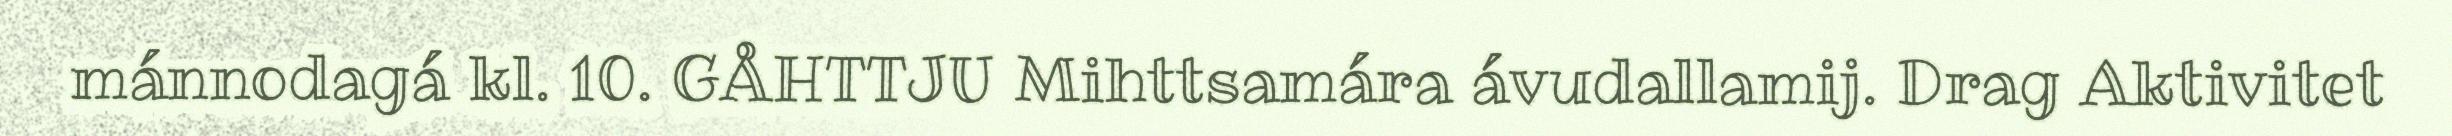
mánnodagá kl. 10. GÅHTTJU Mihttsamára ávudallamij. Drag Aktivitet